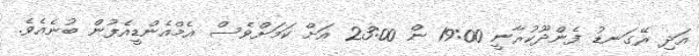
އަދި ރޭގަނޑު ފެންދޫކުރާނީ 19:00 ން 23:00 އަށް ކަމަށްވެސް އެމްއެންޑީއެފުން ބުނެއެވެ.